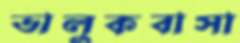
ভালুকবাসা